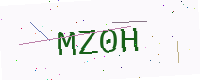
Text: MZ0H